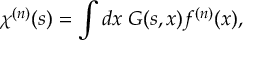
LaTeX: \chi ^ { ( n ) } ( s ) = \int d x \; G ( s , x ) f ^ { ( n ) } ( x ) ,